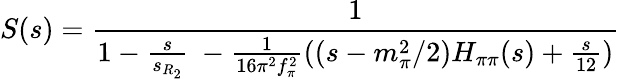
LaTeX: S(s)=\frac{1}{1-\frac{s}{s_{R_{2}}}\ -{\frac{1}{16\pi^{2}f_{\pi}^{2}}}((s-m_{\pi}^{2}/2)H_{\pi\pi}({s})+{\frac{s}{12}})}